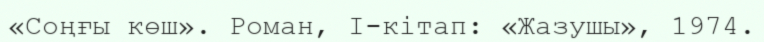
«Соңғы көш». Роман, І-кітап: «Жазушы», 1974.